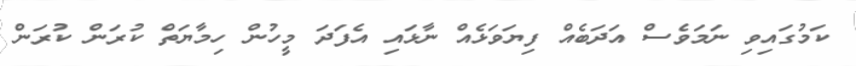
ކަމުގައިވި ނަމަވެސް އަދަބެއް ފިޔަވަޅެއް ނާޅައި އެފަދަ މީހުން ހިމާޔަތް ކުރަން ކުރަން